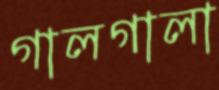
গালগালা